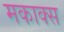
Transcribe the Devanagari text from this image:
मकाक्स